Report on vaccination in Madras 1922-1929 - 1922-1929
Year: 1922
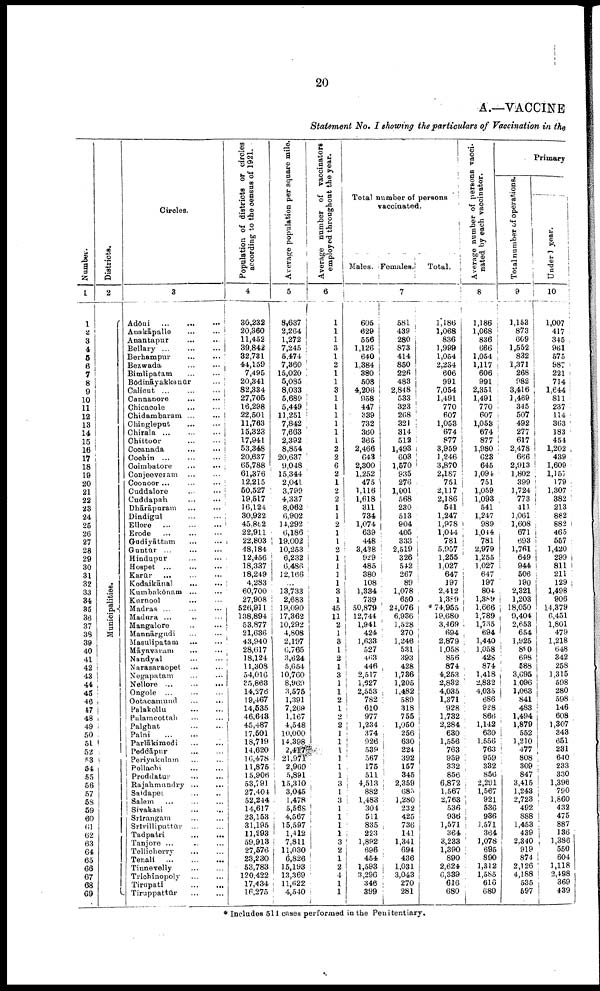
20
A.—VACCINE
Statement No. I showing the particulars of Vaccination in the
Number.
1
1
2
3
4
5
6
7
8
9
10
11
12
13
14
15
16
17
18
19
20
21
22
23
24
25
26
27
28
29
30
31
32
33
34
35
36
37
38
39
40
41
42
43
44
45
46
47
48
49
50
51
52
53
54
55
56
57
58
59
60
61
62
63
64
65
66
67
68
69
Districts.
2
Municipalities.
Circles.
3
Adōni
…
…
…
Auakāpalle
...
...
Anantapur
...
...
Bellary
...
...
...
Berhampur
...
...
Bezwada
...
...
Bimlipatam
...
...
Bōdināyakkanūr …
Calicut ...
...
...
Cannanore
…
…
Chicacole
…
…
Chidambaram ...
...
Chingleput
…
…
Chirala … … …
Chittoor
…
…
Cocanada
…
…
Cochin ...
…
…
Coimbatore
…
…
Conjeeveram … …
Coonoor ...
...
...
Cuddalore
...
...
Cuddapah
…
…
Dhārāpuram
…
…
Dindigul
…
…
Ellore
…
…
…
Erode
…
…
…
Gudiyāttam
…
…
Guntūr … … …
Hindupur … …
Hospet
…
…
…
Karūr
...
...
...
Kodaikānal
…
…
Kumbakōnam ... ...
Kurnool ... ...
Madras ... ... ...
Madura ... ... ...
Mangalore ... ...
Mannārgudi … …
Masulipatam ... …
Māyavaram … …
Nandyal … …
Narasaraopet … …
Negapatam … …
Nellore … … …
Ongole
…
…
…
Ootacamund
...
...
Palakollu
…
…
Palamcottah
…
…
Palghat
…
…
Palni … … …
Parlākiraedi
...
...
Peddāpur … …
Periyakulam … …
Pollachi
…
…
Proddatur … …
Rajahmundry … …
Saidapet
…
…
Salem
…
…
…
Sivakasi … …
Srirangam … …
Srivilliputtūr ... ...
Tadpatri
...
...
Tanjore ... ... ...
Tellicherry ... ...
Tenali ...
...
...
Tinnevelly
...
...
Trichinopoly
...
...
Tirupati
...
...
Tiruppattūr
…
…
Population of districts or circles
according to the census of 1921.
4
30,232
20,360
11,452
39,842
82,731
44,159
7,495
20,341
82,334
27,705
16,298
22,501
11,763
15,323
17,941
53,348
20,637
65,788
61,376
12,215
50,527
19,517
16,124
30,922
45,862
22,911
22,803
48,184
12,456
18,337
18,249
4,283
60,700
27,908
526,911
138,894
53,877
21,636
43,940
28,617
18,124
11,308
54,016
35,863
14,278
19,467
14,635
46,648
45,487
17,501
18,719
14,620
16,478
11,875
15,906
53,791
27,404
52,244
14,617
23,153
31,195
11,293
59,918
27,576
23,230
53,783
120,422
17,434
16,275
Average population per square mile.
5
8,637
2,264
1,272
7,245
5,474
7,360
15,020
5,085
8,033
5,689
5,449
11,251
7,842
7,663
2,392
8,854
20,637
9,048
15,344
2,041
3,799
4,337
8,062
6,902
14,292
6,186
19,002
10,253
6,232
6,486
12,166
…
13,733
2,683
19,090
17,362
10,292
4,808
2,197
6,765
3,624
5,654
10,760
8,960
3,575
1,391
7,269
1,167
4,548
10,000
14,398
2,417
21,971
2,969
5,891
15,310
3,045
1,478
5,668
4,567
15,597
1,412
7,811
11,030
6,826
15,193
13,369
11,622
4,540
Average number of vaccinators
employed throughout the year.
6
1
1
1
3
1
2
1
1
3
1
1
1
1
1
1
2
2
6
2
1
2
2
1
1
2
1
1
2
1
1
1
1
3
1
45
11
2
1
3
1
2
1
3
1
1
2
1
2
2
1
1
1
1
1
1
3
1
3
1
1
1
1
3
2
1
2
4
1
1
Total number of persons
vaccinated.
Males. Females.
Total.
7
605
629
556
1,126
640
1,384
380
508
4,206
958
447
339
732
360
365
2,466
648
2,300
1,252
475
1,116
1,618
311
734
1,074
639
448
3,438
929
485
380
108
1,334
739
50,879
12,744
1,941
424
1,633
527
463
446
2,517
1,927
2,553
782
610
977
1,234
374
926
539
567
175
511
4,513
882
1,483
304
511
835
223
1,892
696
454
1,593
3,296
346
399
581
439
280
873
414
850
226
483
2,848
533
323
268
321
314
512
1,493
603
1,570
935
276
1,001
568
230
513
904
405
333
2,519
326
542
267
89
1,078
650
24,076
6,936
1,528
270
1,246
531
393
428
1,786
1,205
1,482
589
318
755
1,050
256
630
224
392
157
345
2,359
685
1,280
232
425
736
141
1,341
694
436
1,031
3,043
270
281
1,186
1,068
836
1,999
1,054
2,234
606
991
7,054
1,491
770
607
1,053
674
877
3,959
1,246
3,870
2,187
751
2,117
2,186
541
1,247
1,978
1,044
781
5,957
1,255
1,027
647
197
2,412
1,389
* 74,955
19,680
3,469
694
2,879
1,058
856
874
4,253
2,832
4,035
1,371
928
1,732
2,284
630
1,556
763
959
332
856
6,872
1,567
2,763
536
936
1,571
364
3,233
1,390
890
2,624
6,389
616
680
Average number of persons vacci
nated by each vaccinator.
8
1,186
1,068
836
666
1,054
1,117
606
991
2,351
1,491
770
607
1,053
674
877
1,980
628
645
1,094
751
1,059
1,093
541
1,247
989
1,044
781
2,979
1,255
1,027
647
197
804
1,389
1,666
1,789
1,735
694
1,440
1,058
428
874
1,418
2,832
4,035
686
928
866
1,142
630
1,556
763
959
332
856
2,291
1,567
921
536
936
1,571
364
1,078
695
890
1,312
1,585
610
680
Primary
Total number of operations.
9
1,153
873
669
1,552
832
1,371
268
982
3,416
1,469
345
507
492
277
617
2,478
666
2,913
1,802
399
1,724
773
411
1,061
1,608
671
693
1,761
649
944
506
190
2,321
1,203
18,050
9,404
2,653
654
1,925
890
698
588
3,695
1,096
1,063
841
483
1,494
1,879
552
1,210
477
808
309
847
3,415
1,243
2,723
492
888
1,453
439
2,340
919
874
2,126
4,188
535
597
Under 1 year.
10
1,007
417
345
961
575
987
221
714
1,644
811
237
114
363
183
454
1,202
439
1,609
1,157
179
1,307
382
213
882
882
465
557
1,420
299
811
211
129
1,498
906
14,379
6,451
1,801
479
1,218
648
342
258
1,315
598
280
598
146
608
1,307
343
651
231
640
233
330
1,396
790
1,860
432
475
887
136
1,386
550
604
1,118
2,498
369
439
* Includes 514 cases performed in the Penitenitary.